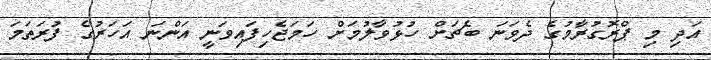
އަދި މި ޕްރޮގުރާމުގެ ދެވަނަ ބެޗަށް ހުޅުވާލުމަށް ހަމަޖެހިފައިވަނީ އަންނަ އަހަރުގެ ފުރަތަމަ